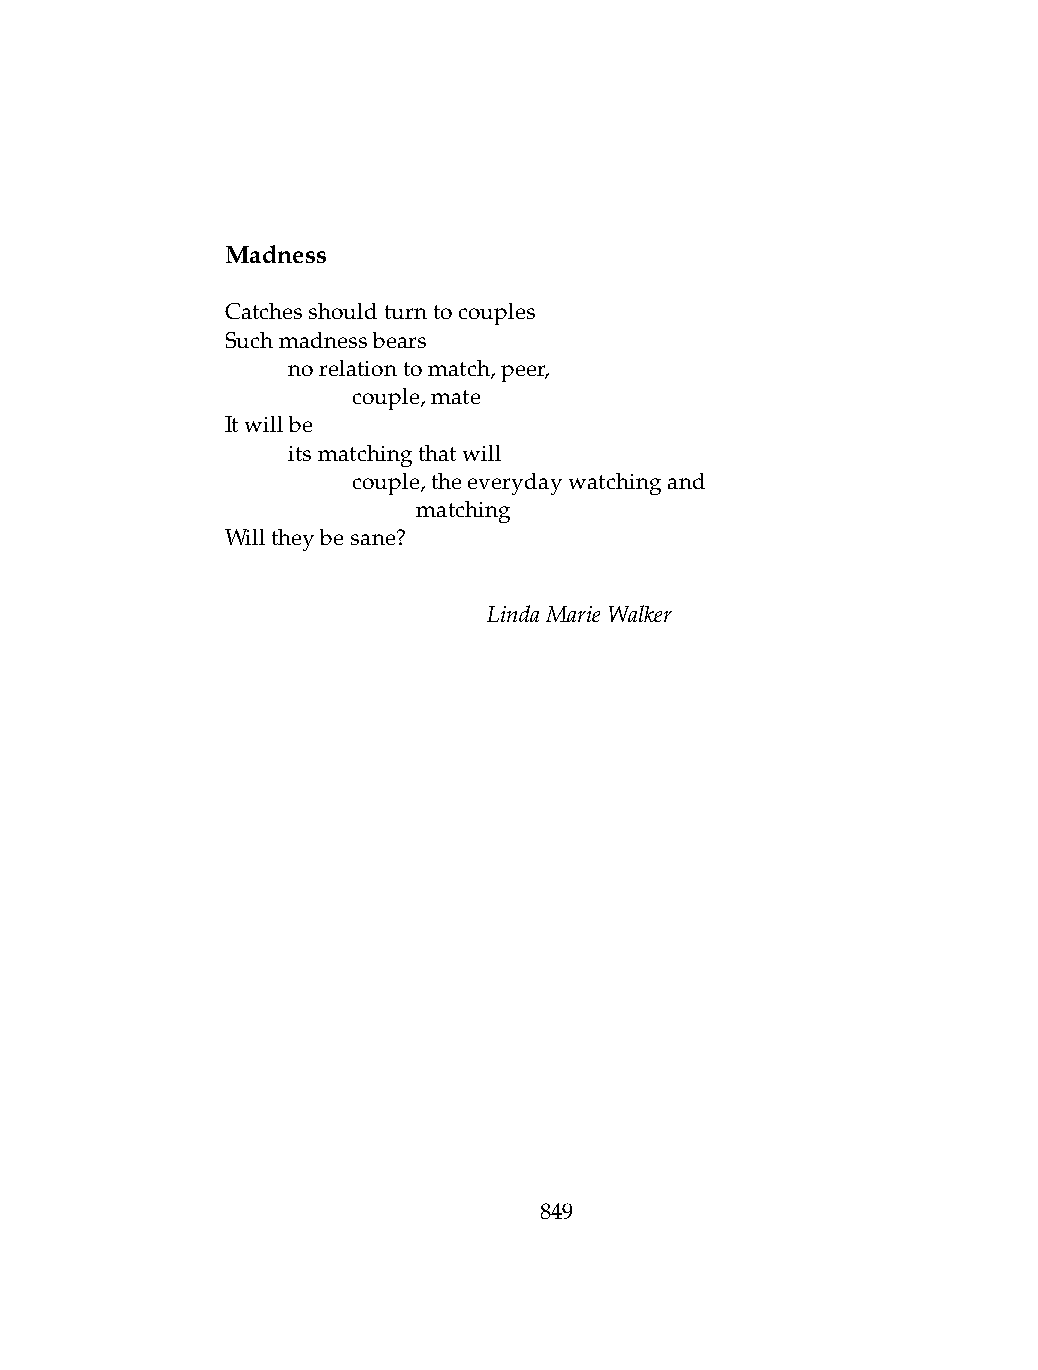
Madness
 Catchesshouldturntocouples
 Suchmadnessbears
 .   norelationtomatch,peer,
 .   .   couple,mate
 Itwillbe
 .   itsmatchingthatwill
 .   .   couple,theeverydaywatchingand
 .   .   .    matching
 Willtheybesane?
 LindaMarieWalker
 849